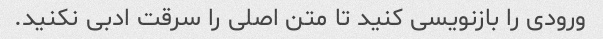
ورودی را بازنویسی کنید تا متن اصلی را سرقت ادبی نکنید.